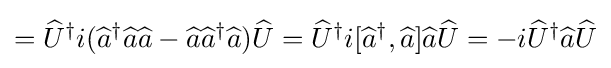
={\widehat {U}}^{\dagger }i({\widehat {a}}^{\dagger }{\widehat {a}}{\widehat {a}}-{\widehat {a}}{\widehat {a}}^{\dagger }{\widehat {a}}){\widehat {U}}={\widehat {U}}^{\dagger }i[{\widehat {a}}^{\dagger },{\widehat {a}}]{\widehat {a}}{\widehat {U}}=-i{\widehat {U}}^{\dagger }{\widehat {a}}{\widehat {U}}